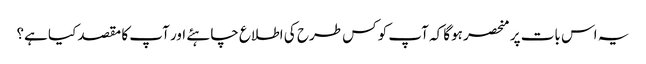
یہ اس بات پر منحصر ہوگا کہ آپ کو کس طرح کی اطلاع چاہئے اور آپ کا مقصد کیا ہے؟